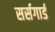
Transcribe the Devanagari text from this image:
सर्सगार्ड